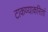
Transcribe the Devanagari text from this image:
टाकण्याकरितां